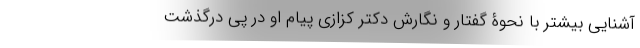
آشنایی بیشتر با نحوۀ گفتار و نگارش دکتر کزازی پیام او در پی درگذشت